Civil Veterinary Dept. Bombay admin report 1893-99 - 1893-1899
Year: 1893
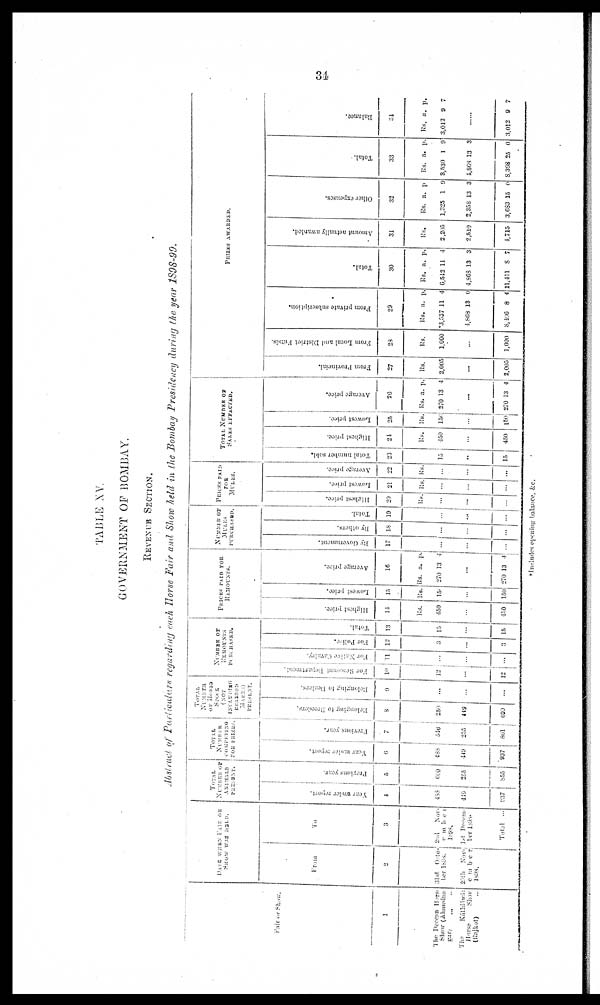
34
TABLE XV.
GOVERNMENT OF BOMBAY.
REVENUE SECTION.
Abstract of Particulars regarding each Horse Fair and Show held in the Bombay Presidency during the year 1898-99.
Fair or Show.
1
The Deccan Horse
Show (Ahmedna-
gar) ... ...
The
Káthiáwár
Horse Show
(Rajkot) ...
DATE WHEN FAIR OR
SHOW WAS HELD.
From
2
31st Octo-
ber 1898.
20th Nov¬
ember
To
3
2nd
Nov¬
ember
1st Decem¬
ber 1898.
Total ...
TOTAL NUMBER OF
ANIMALS
PRESENT
Year under report.
4
488
449
937
Previous year.
5
600
255
855
TOTAL NUMBER OF
COMPETING
FOR PRIZES.
Year under report.
6
486
449
937
Previous year.
7
...
255
801
TOTAL NUMBER OF HORSE STOCK
(NOT
INCLUDING
BRANDED
MARES)
PRESENT.
Belonging to Breeders.
8
250
449
600
Belonging to Dealers.
9
...
...
NUMBER OF REMOUNTS
PURCHASED.
For Remount Department.
10
12
...
12
For Native Cavalry.
11
...
...
...
For Police.
12
3
...
3
Total.
13
15
...
15
PRICES PAID FOR REMOUNTS.
Highest price.
14
Rs.
450
...
450
Lowest price.
15
Rs.
150
...
150
Average price.
16
Rs.
270
a.
13
p.
4
...
270 13 4
NUMBER OF MULES PURCHASED.
By Government.
17
...
...
...
By others.
18
...
...
...
Total.
19
...
...
...
PRICES PAID FOR
Highest price.
20
Rs.
...
...
...
Lowest price.
21
Rs.
...
...
...
Average price.
22
Rs.
...
...
...
TOTAL NUMBER OF SALES EFFECTED.
Total number sold.
23
15
...
15
Highest price.
24
Rs.
450
...
450
Lowest price.
25
Rs.
150
...
150
Average price.
26
Rs.
270
a.
13
p.
4
...
270 13 4
PRIZESAWARDED.
From Provincial.
27
Rs.
2,005
...
2,005
From Local and District Funds.
28
Rs.
1,000
...
1,000
Fr om private subscription.
29
Rs.
*3,537
4,863
8,406 8 4
a
11
13
p.
4
0
Tot al .
30
Rs.
6,542
4,868
11,411
a.
11
13
8
p.
4
3
7
Amount actually awarded.
31
Rs.
2,205
2,510
4,715
Ot her expens es .
32
Rs.
1,325
2,358
3,683
a.
1
13
15
p
0
3
0
Tot al .
33
Rs.
3,530
4,868
8,398
a.
1
13
25
p.
9
3
0
Bal ance.
34
Rs.
3,013
a.
9
P.
7
......
3,012 9 7
*Includes opening balance, &c ,